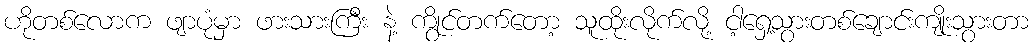
ဟိုတစ်လောက ဖျာပုံမှာ ဖားသားကြီး နဲ့ ကွိုင်တက်တော့ သူထိုးလိုက်လို့ ငါ့ရှေ့သွားတစ်ချောင်းကျိုးသွားတာ